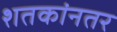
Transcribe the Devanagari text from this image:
शतकांनतर